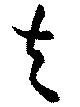
夫